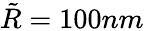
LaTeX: \tilde{R}=100nm